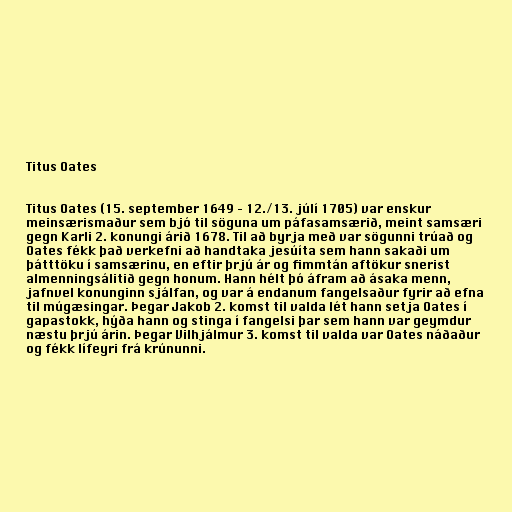
Titus Oates

Titus Oates (15. september 1649 – 12./13. júlí 1705) var enskur
meinsærismaður sem bjó til söguna um páfasamsærið, meint samsæri
gegn Karli 2. konungi árið 1678. Til að byrja með var sögunni trúað og
Oates fékk það verkefni að handtaka jesúíta sem hann sakaði um
þátttöku í samsærinu, en eftir þrjú ár og fimmtán aftökur snerist
almenningsálitið gegn honum. Hann hélt þó áfram að ásaka menn,
jafnvel konunginn sjálfan, og var á endanum fangelsaður fyrir að efna
til múgæsingar. Þegar Jakob 2. komst til valda lét hann setja Oates í
gapastokk, hýða hann og stinga í fangelsi þar sem hann var geymdur
næstu þrjú árin. Þegar Vilhjálmur 3. komst til valda var Oates náðaður
og fékk lífeyri frá krúnunni.